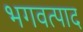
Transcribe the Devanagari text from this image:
भगवत्पाद